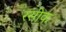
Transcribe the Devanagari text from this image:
रसीक